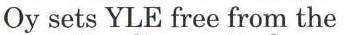
Oy sets YLE free from the